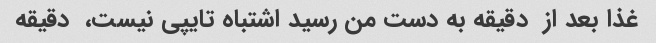
غذا بعد از  دقیقه به دست من رسید اشتباه تایپی نیست،  دقیقه